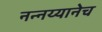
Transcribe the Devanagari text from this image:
नन्नय्यानेच